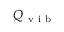
Q _ { \mathrm { ~ v ~ i ~ b ~ } }